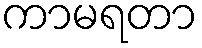
ကာမရတာ